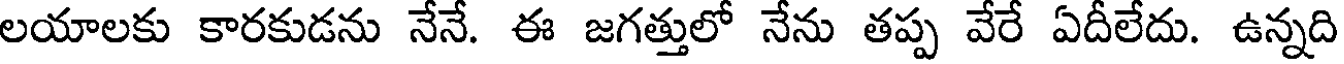
లయాలకు కారకుడను నేనే. ఈ జగత్తులో నేను తప్ప వేరే ఏదీలేదు. ఉన్నది